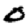
Digit: 0